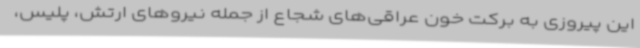
این پیروزی به برکت خون عراقی‌های شجاع از جمله نیروهای ارتش، پلیس،